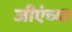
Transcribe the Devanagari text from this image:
जीएंच्या